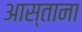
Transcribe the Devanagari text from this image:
आस्ताना